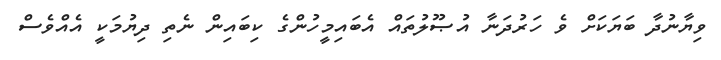
ވިޔާނުދާ ބަޔަކަށް ވެ ހަރުދަނާ އުޞޫލުތައް އެބައިމީހުންގެ ކިބައިން ނެތި ދިޔުމަކީ އެއްވެސް